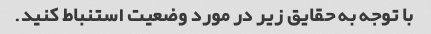
با توجه به حقایق زیر در مورد وضعیت استنباط کنید.